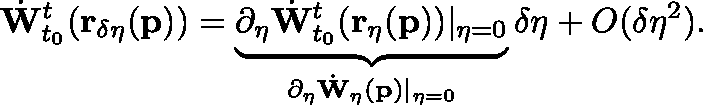
\dot { \mathbf { W } } _ { t _ { 0 } } ^ { t } ( \mathbf { r _ { \delta \eta } } ( \mathbf { p } ) ) = \underbrace { \partial _ { \eta } \dot { \mathbf { W } } _ { t _ { 0 } } ^ { t } ( \mathbf { r _ { \eta } } ( \mathbf { p } ) ) \vert _ { \eta = 0 } } _ { \partial _ { \eta } \dot { \mathbf { W } } _ { \eta } ( \mathbf { p } ) \vert _ { \eta = 0 } } \delta \eta + O ( \delta \eta ^ { 2 } ) .